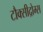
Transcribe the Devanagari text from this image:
टौक्सीद्रोम्स